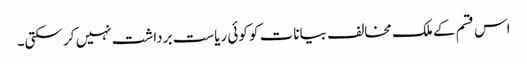
اس قسم کے ملک مخالف بیانات کو کوئی ریاست برداشت نہیں کر سکتی۔